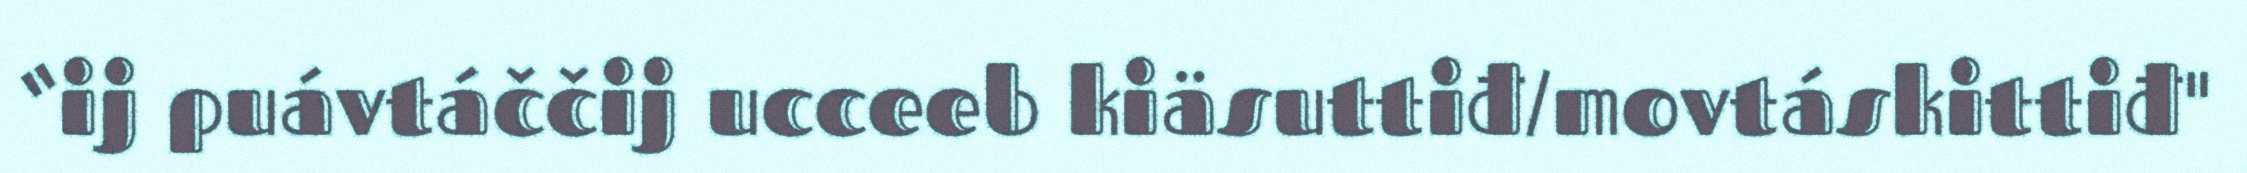
“ij puávtáččij ucceeb kiäsuttiđ/movtáskittiđ"